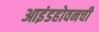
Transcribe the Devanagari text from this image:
आइंडहोवनची